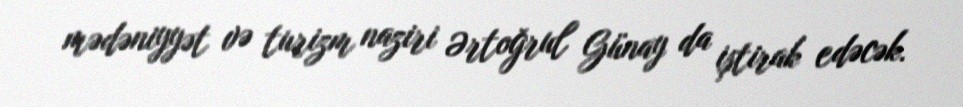
mədəniyyət və turizm naziri Ərtoğrul Günay da iştirak edəcək.